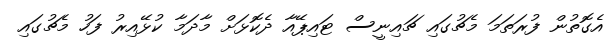
އެގޮތުން ފުރަތަމަ މެޗުގައި ޗައިނީސް ޓައިޕޭއާ ދެކޮޅަށް މާދަމާ ކުޅޭއިރު ފަހު މެޗުގައި